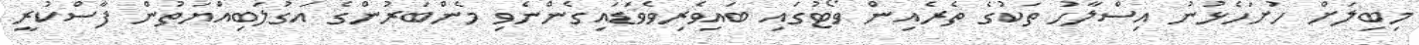
މިބިލަށް ހުށަހެޅުނު އިސްލާހު ތަކުގެ ތެރެއިން ވޯޓުގައި ބައިވެރިވެވަޑައިގެންނެވި މެންބަރުންގެ އަގުލަބިއްޔަތުން ފާސްކުރީ